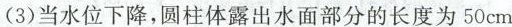
(3)当水位下降，圆柱体露出水面部分的长度为50cm